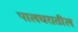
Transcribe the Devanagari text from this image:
पालघरातील